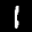
Label: 1